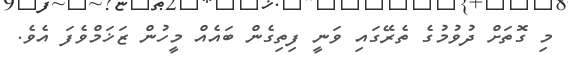
މި ގޮތަށް ދުވުމުގެ ތެރޭގައި ވަނީ ފިތިގެން ބައެއް މީހުން ޒަޚަމްވެފަ އެވެ.